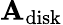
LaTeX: \mathbf{A}_{\mathrm{{disk}}}